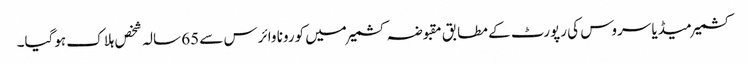
کشمیر میڈیا سروس کی رپورٹ کے مطابق مقبوضہ کشمیر میں کورونا وائرس سے 65 سالہ شخص ہلاک ہوگیا۔